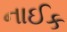
નાઈક